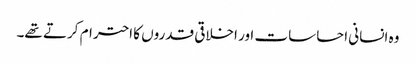
وہ انسانی احساسات اور اخلاقی قدروں کا احترام کرتے تھے۔